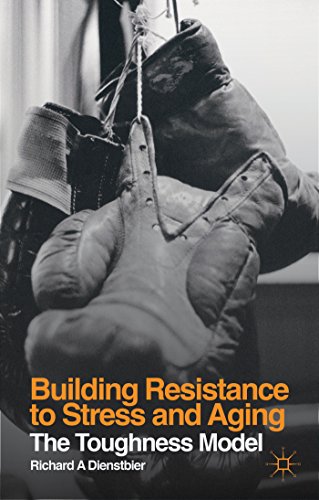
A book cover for Building Resistance to Stress and Aging: The Toughness Model; Richard A Dienstbier; Health, Fitness & Dieting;